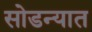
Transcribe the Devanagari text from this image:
सोडन्यात